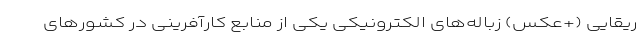
ریقایی (+عکس) زباله‌های الکترونیکی یکی از منابع کارآفرینی در کشورهای